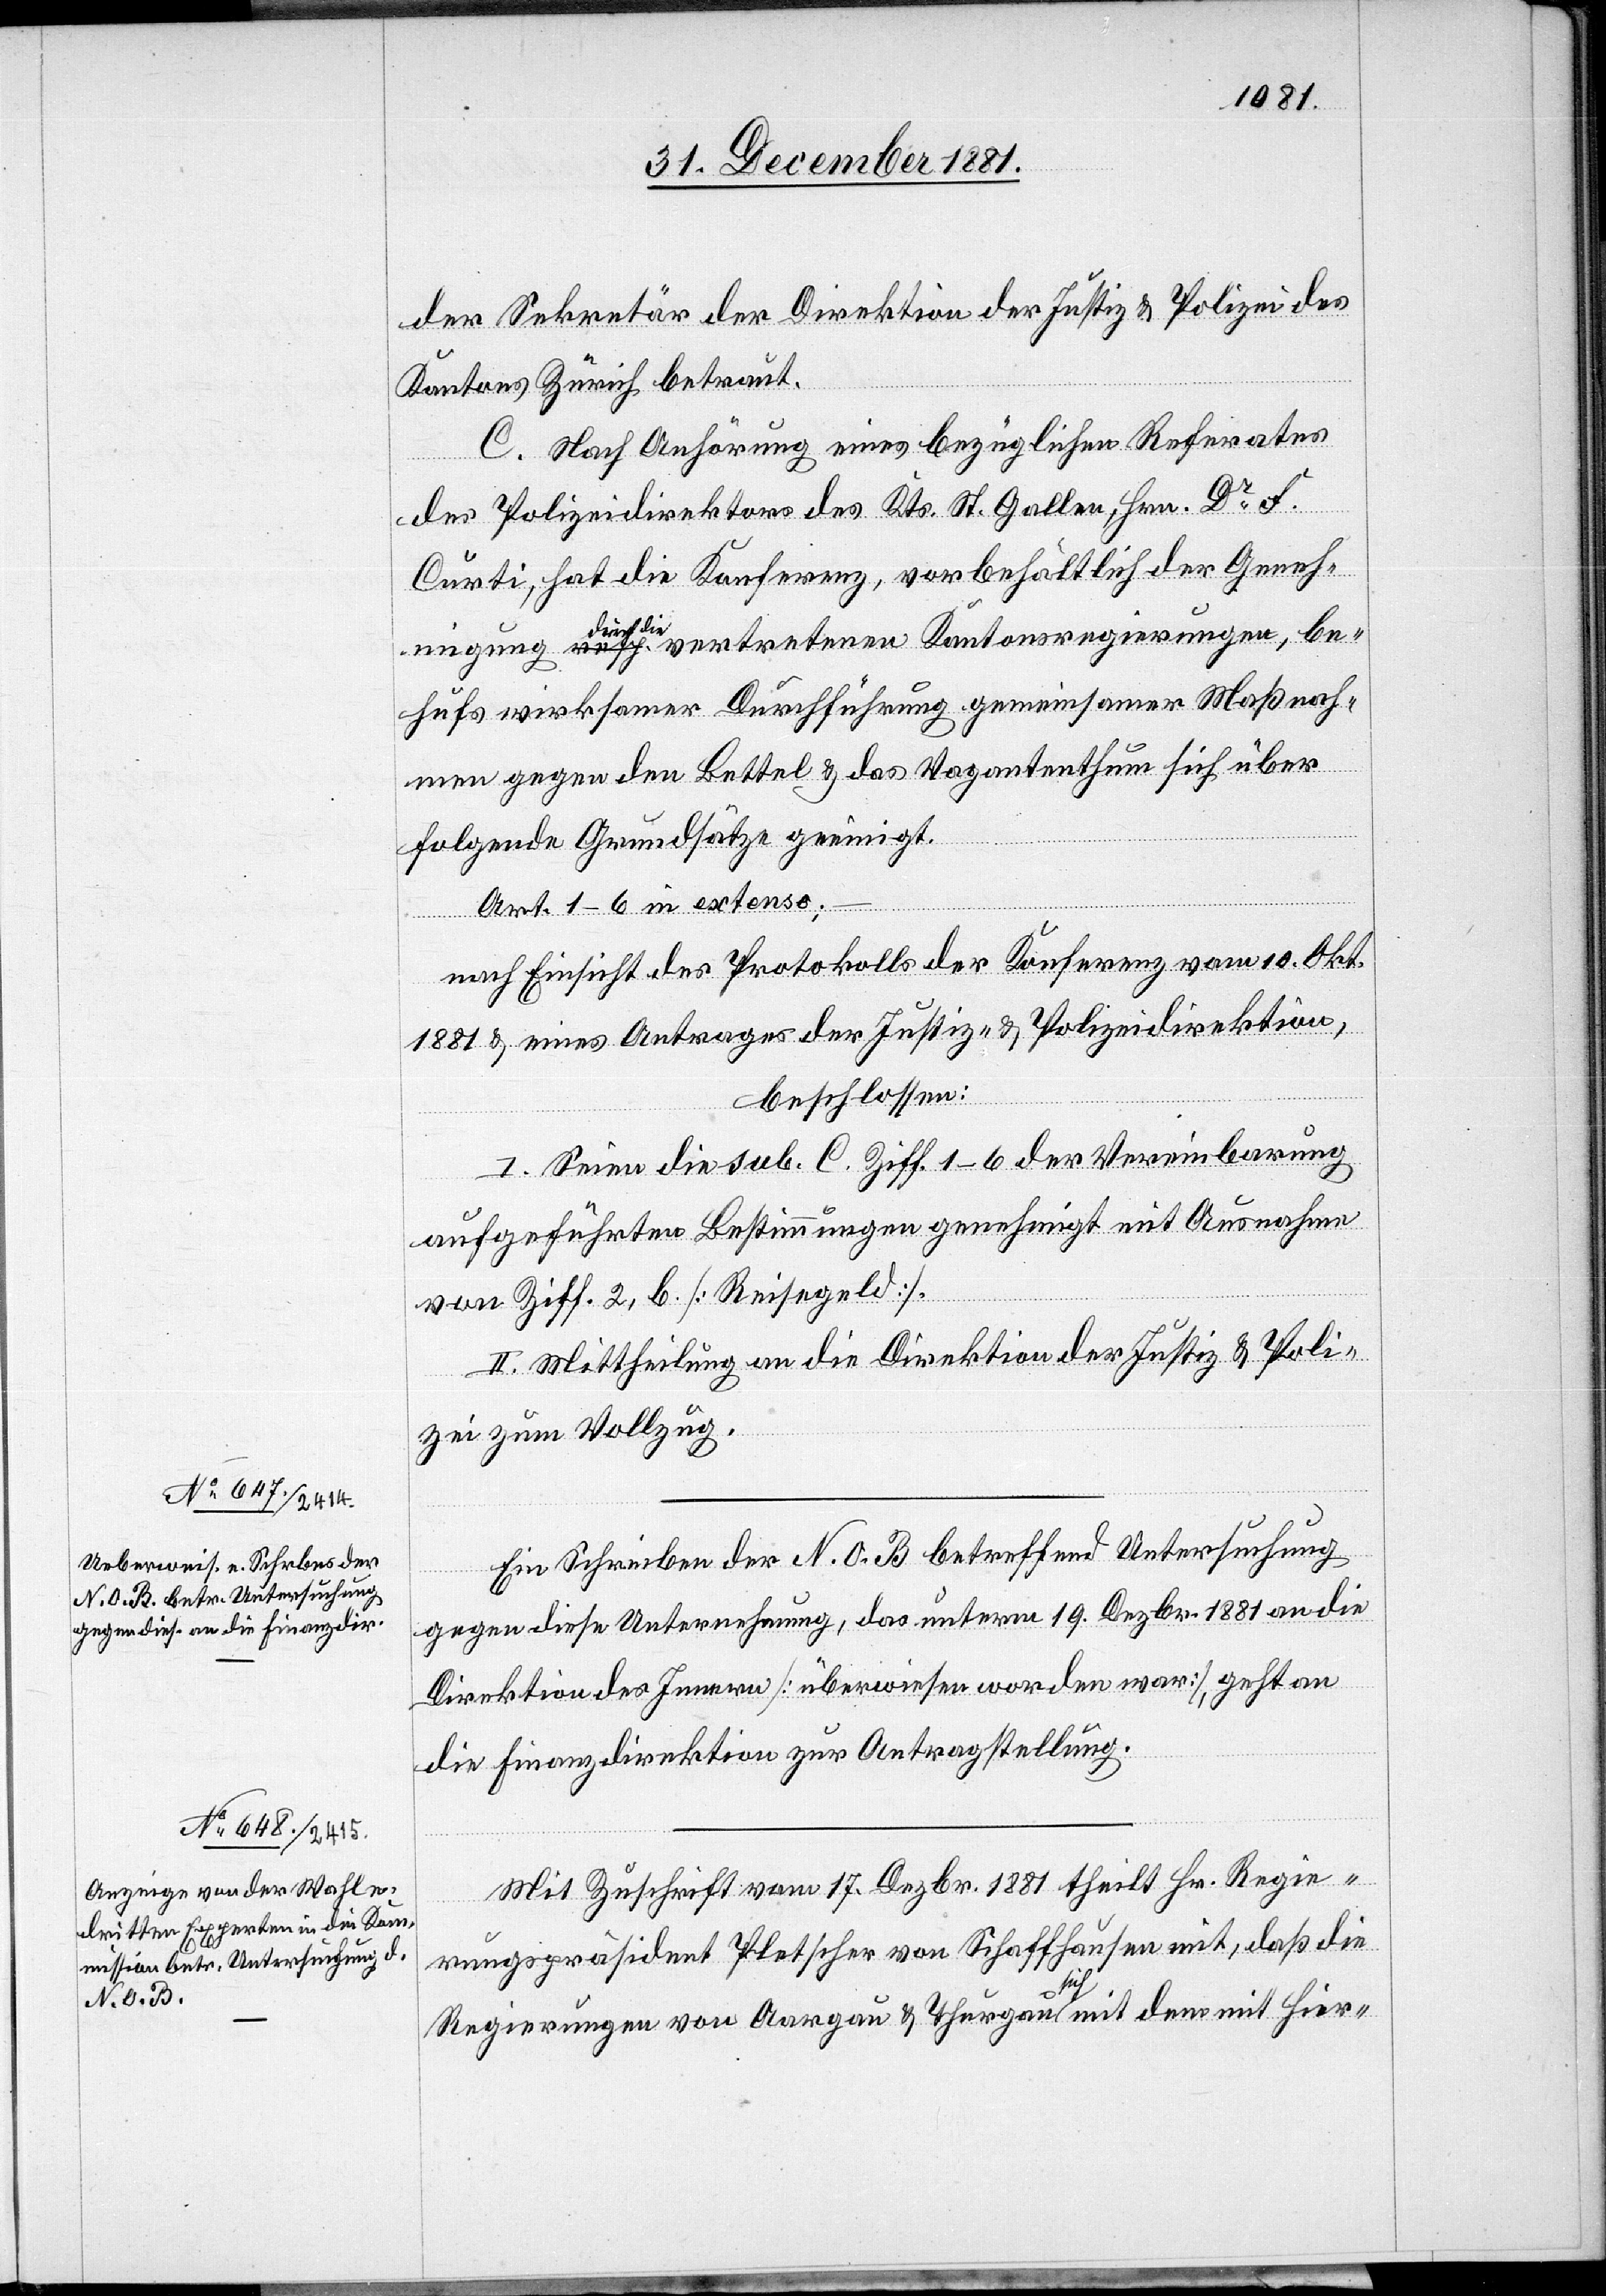
der Sekretär der Direktion der Justiz & Polizei des
Kantons Zürich betraut.
C. Nach Anhörung eines bezüglichen Referates
des Polizeidirektoren des Kts. St. Gallen, Hrn. Dr F.
Curti, hat die Konferenz, vorbehältlich der Geneh¬
migung durch die vertretenen Kantonsregierungen, be¬
hufs wirksamer Durchführung gemeinsamer Maßnah¬
men gegen den Bettel & das Vagantenthum sich über
folgende Grundsätze geeinigt.
Art. 1–6 in extenso;
nach Einsicht des Protokolls der Konferenz vom 10. Okt.
1881 & eines Antrages der Justiz- & Polizeidirektion,
beschlossen:
I. Seien die sub. C. Ziff. 1–6 der Vereinbarung
aufgeführten Bestimmungen genehmigt mit Ausnahme
von Ziff. 2, b. [Reisegeld].
II. Mittheilung an die Direktion der Justiz & Poli¬
zei zum Vollzug.
Ein Schreiben der N. O. B. betreffend Untersuchung
gegen diese Unternehmung, das unterm 19. Dezbr. 1881 an die
Direktion des Innern [überwiesen worden war] [sic!], geht an
die Finanzdirektion zur Antragstellung.
Mit Zuschrift vom 17. Dezbr. 1881 theilt Hr. Regie¬
rungspräsident Pletscher von Schaffhausen mit, daß die
Regierungen von Aargau & Thurgau sich mit dem mit hier-